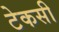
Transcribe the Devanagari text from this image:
टेकसी